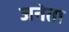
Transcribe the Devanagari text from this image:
जनेता